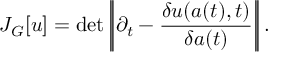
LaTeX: J _ { G } [ u ] = \operatorname * { d e t } \left| \! \left| \partial _ { t } - \frac { \delta u ( a ( t ) , t ) } { \delta a ( t ) } \right| \! \right| .